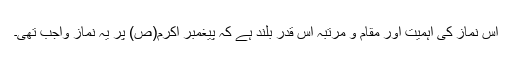
اس نماز کی اہمیت اور مقام و مرتبہ اس قدر بلند ہے کہ پیغمبر اکرم(ص) پر یہ نماز واجب تھی۔